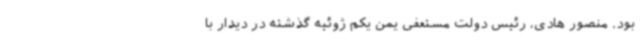
بود. منصور هادی، رئیس دولت مستعفی یمن یکم ژوئیه گذشته در دیدار با